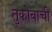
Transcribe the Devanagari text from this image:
तुकोबाची